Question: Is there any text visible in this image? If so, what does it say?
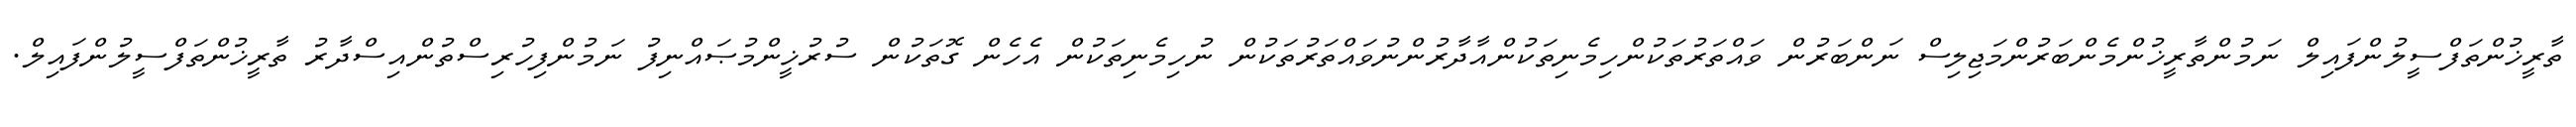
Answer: ތާރީޚުންތަފްސީލުންފައިލް ނަމުންތާރީޚުންމެންބަރުންމަޖިލިސް ނަންބަރުން ވައްތަރުތަކުންހިމެނިތަކުންއާދާރުންނުވައްތަރުތަކުން ނުހިމެނިތަކުން އެހެން ގޮތަކުން ސުރުޚީންމުޞައްނިފު ނަމުންފިހުރިސްތުންއިސްދާރު ތާރީޚުންތަފްސީލުންފައިލް.